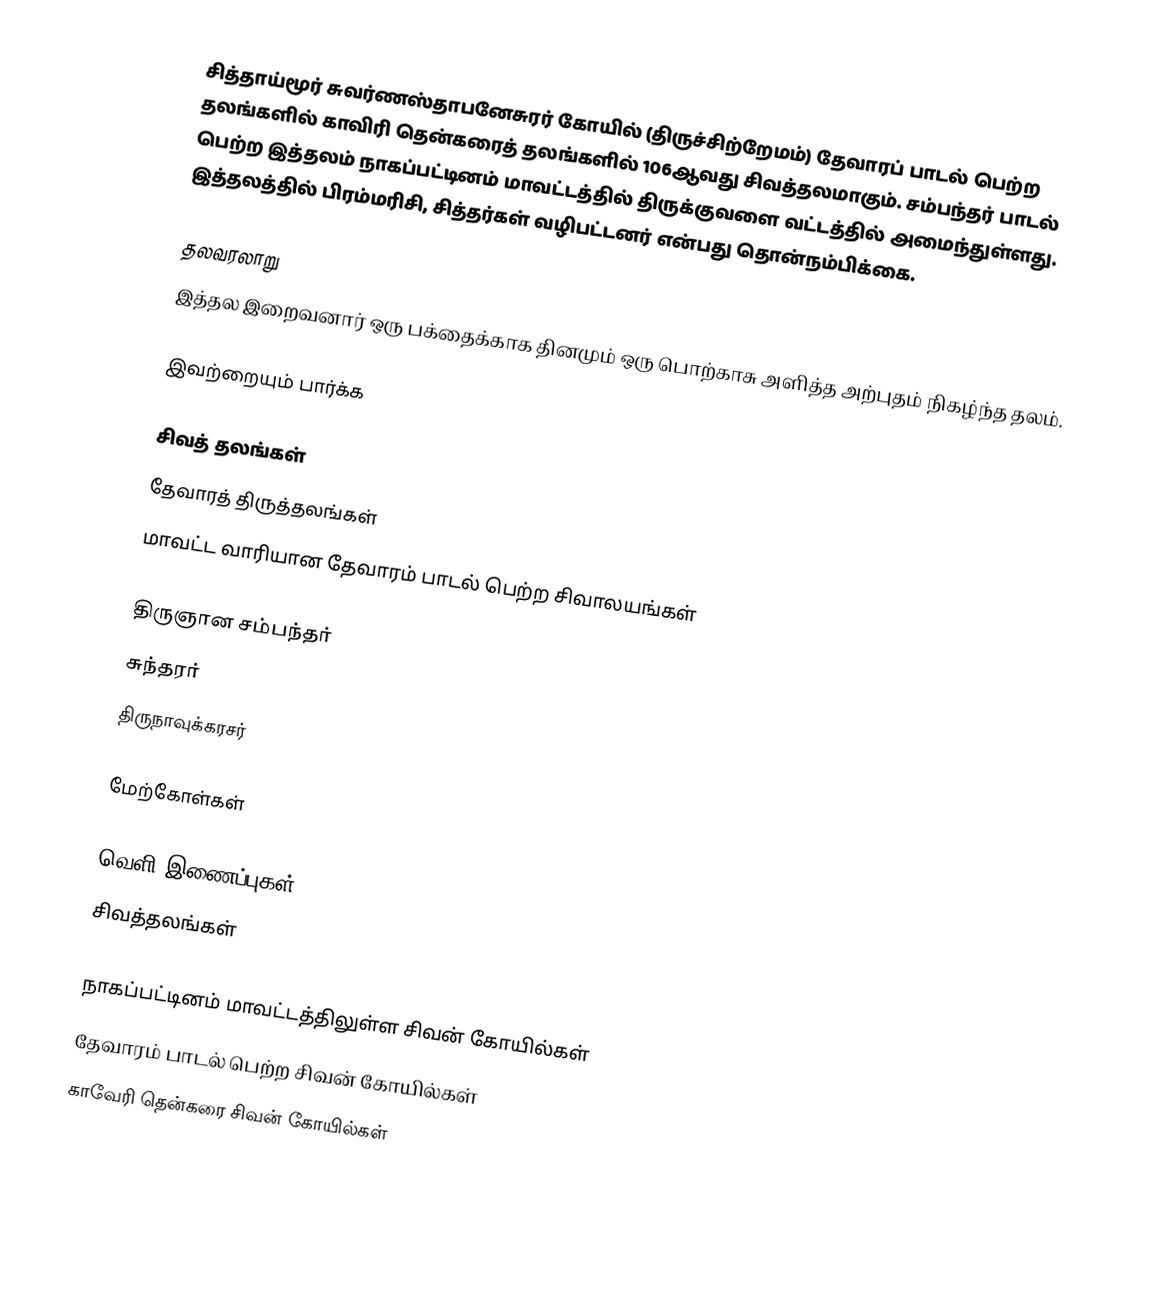
சித்தாய்மூர் சுவர்ணஸ்தாபனேசுரர் கோயில் (திருச்சிற்றேமம்) தேவாரப் பாடல் பெற்ற தலங்களில் காவிரி தென்கரைத் தலங்களில் 106ஆவது சிவத்தலமாகும். சம்பந்தர் பாடல் பெற்ற இத்தலம் நாகப்பட்டினம் மாவட்டத்தில்   திருக்குவளை வட்டத்தில்  அமைந்துள்ளது.   இத்தலத்தில் பிரம்மரிசி, சித்தர்கள் வழிபட்டனர் என்பது தொன்நம்பிக்கை.

தலவரலாறு
இத்தல இறைவனார் ஒரு பக்தைக்காக தினமும் ஒரு பொற்காசு அளித்த அற்புதம் நிகழ்ந்த தலம்.

இவற்றையும் பார்க்க

 சிவத் தலங்கள்
 தேவாரத் திருத்தலங்கள்
 மாவட்ட வாரியான தேவாரம் பாடல் பெற்ற சிவாலயங்கள்

 திருஞான சம்பந்தர்
 சுந்தரர்
 திருநாவுக்கரசர்

மேற்கோள்கள்

வெளி இணைப்புகள்
 சிவத்தலங்கள்

நாகப்பட்டினம் மாவட்டத்திலுள்ள சிவன் கோயில்கள்
தேவாரம் பாடல் பெற்ற சிவன் கோயில்கள்
காவேரி தென்கரை சிவன் கோயில்கள்